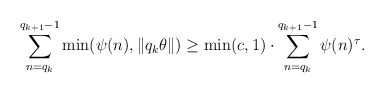
\begin{align*}\sum_{n=q_k}^{q_{k+1}-1}\min(\psi(n),\|q_k\theta\|)\geq\min(c,1) \cdot \sum_{n=q_k}^{q_{k+1}-1}\psi(n)^{\tau}.\end{align*}